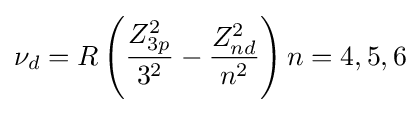
\nu _{d}=R\left({\frac {Z_{3p}^{2}}{3^{2}}}-{\frac {Z_{nd}^{2}}{n^{2}}}\right)n=4,5,6